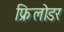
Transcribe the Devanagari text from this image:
फ्रिलोडर